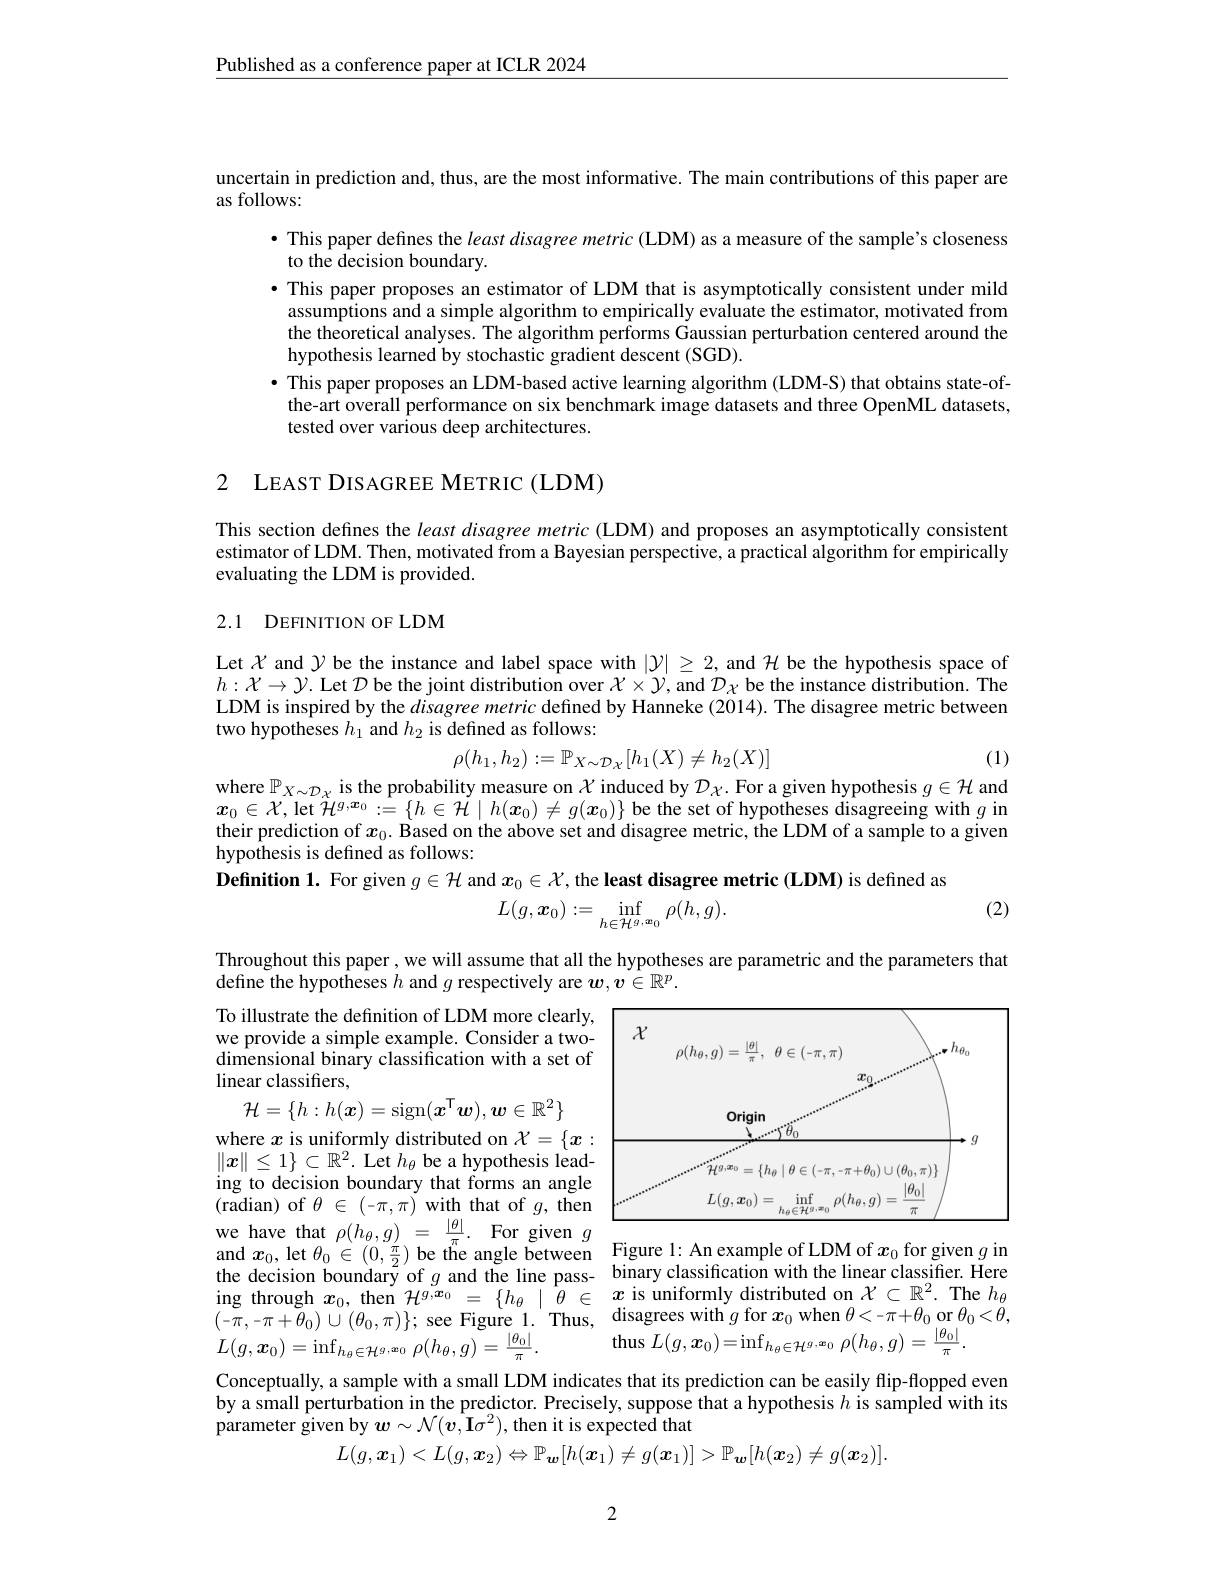
$\underline{\text{Published as a conference paper at ICLR 2024}}$

uncertain in prediction and, thus, are the most informative. The main contributions of this paper are
as follows:
· This paper defines the least disagree metric (LDM) as a measure of the sample's closeness
to the decision boundary.
·This paper proposes an estimator of LDM that is asymptotically consistent under mild assumptions and a simple algorithm to empirically evaluate the estimator, motivated from the theoretical analyses. The algorithm performs Gaussian perturbation centered around the hypothesis learned by stochastic gradient descent (SGD).
$\bullet$ This paper proposes an LDM-based active learning algorithm (LDM-S) that obtains state-ofthe-art overall performance on six benchmark image datasets and three OpenML datasets, tested over various deep architectures.

2 LEAST DISAGREE METRIC (LDM)

This section defines the least disagree metric (LDM) and proposes an asymptotically consistent estimator of LDM. Then, motivated from a Bayesian perspective, a practical algorithm for empirically evaluating the LDM is provided.

2.1 DEFINITION OF LDM

Let $\chi$ and $\mathcal{Y}$ be the instance and label space with $|\mathcal{Y}|\geq2$, and $\mathcal{H}$ be the hypothesis space of $h:\mathcal{X}\to\mathcal{Y}.$ Let $\mathcal{D}$ be the joint distribution over $\mathcal{X}\times\mathcal{Y}$,and $\mathcal{D}_\mathcal{X}$ be the instance distribution. The LDM is inspired by the disagree metric defined by Hanneke (2014). The disagree metric between two hypotheses $h_1$ and $h_2$ is defined as follows:
$$\rho(h_1,h_2):=\mathbb{P}_{X\sim\mathcal{D}_{\mathcal{X}}}[h_1(X)\neq h_2(X)]$$
(1)

$\begin{array}{l}\mathrm{where~}\mathbb{P}_{X\sim\mathcal{D}_{\chi}}\text{ is the probability measure on }\mathcal{X}\text{ induced by }\mathcal{D}_{\chi.\text{For a given hypothesis }g\in\mathcal{H}\text{ and}}\\\\x\in\mathcal{V}\operatorname{lot~}\mathcal{T}(g,x_0,\ldots\{b\in\mathcal{U}\mid b(x_0)+c(x_0)\}\textbf{ba tha ost of hun tha tha din tharis }g\in\mathcal{H}\text{ and}\end{array}$

$\boldsymbol{x}_0\in\mathcal{X}$,let $\ddot{\mathcal{H}}^g,\boldsymbol{x}_0:=\{h\in\dot{\mathcal{H}}\mid h(\boldsymbol{x}_0)\neq g(\boldsymbol{x}_0)\}$ be the set of hypotheses disagreeing with $g$ in their prediction of $x_0.$ Based on the above set and disagree metric, the LDM of a sample to a given hypothesis is defined as follows:
Definition 1. For given $g\in\mathcal{H}$ and $x_0\in\mathcal{X}$, the least disagree metric (LDM) is defined as
$$L(g,\boldsymbol{x}_{0}):=\operatorname*{inf}_{h\in\mathcal{H}^{g,\boldsymbol{x}_{0}}}\rho(h,g).$$
(2)

Throughout this paper, we will assume that all the hypotheses are parametric and the parameters that
define the hypotheses $h$ and $g$ respectively are $w,v\in\mathbb{R}^p.$

<FigureHere>
$\begin{array}{ll}{\mathrm{we~have~that~}\rho(h_{\theta},g)~=~\frac{|\theta|}{\pi}.~\mathrm{For~given~}g}\\{\mathrm{and~}x_{0},\mathrm{~let~}\theta_{0}\in(0,\frac{\pi}{2})~\mathrm{be~the~angle~between}~}\\{\mathrm{be~the~angle~between}}\end{array}\overline{{\text{Figure 1: An example of LDM of }x_{0}~\mathrm{for~given~}g~in}}$

To illustrate the definition of LDM more clearly, we provide a simple example. Consider a two- $\hat{\text{dimensional binary classification with a set of}}$ linear classifiers,
$$\mathcal{H}=\{h:h(\boldsymbol{x})=\operatorname{sign}(\boldsymbol{x}^\mathsf{T}\boldsymbol{w}),\boldsymbol{w}\in\mathbb{R}^2\}$$
where $x$ is uniformly distributed on $\mathcal{X}=\{x:$ $\|x\|\leq1\}\subset\mathbb{R}^2.$ Let $h_\theta$ be a hypothesis leading to decision boundary that forms an angle (radian) of $\theta\in(-\pi,\pi)$ with that of $g$, then the decision boundary of $g$ and the line pass- binary classification with the linear classifier. Here ing through $x_0$, then $\mathcal{H}^{g,\boldsymbol{x}_0}=\{h_\theta\mid\theta\in\begin{array}{ccc}x\text{is uniformly distributed on }\mathcal{X}\subset\mathbb{R}^2.\text{ The }h_\theta\\\end{array}$ $\begin{array}{lll}{(-\pi,-\pi+\theta_{0})\cup(\theta_{0},\pi)\};\mathrm{~see~Figure~1.~Thus,~disagrees~with~}g\mathrm{~for~}x_{0}\mathrm{~when~}\theta<-\pi+\theta_{0}\mathrm{~or~}\theta_{0}<\bar{\theta},}\\{L(g,\boldsymbol{x}_{0})=\inf_{h_{\theta}\in\mathcal{H}^{g,\boldsymbol{x}_{0}}}\rho(h_{\theta},g)=\frac{|\theta_{0}|}{\pi}.&\mathrm{thus~}L(g,\boldsymbol{x}_{0})=\inf_{h_{\theta}\in\mathcal{H}^{g,\boldsymbol{x}_{0}}}\rho(h_{\theta},g)=\frac{|\theta_{$

Conceptually, a sample with a small LDM indicates that its prediction can be easily flip-flopped even

by a small perturbation in the predictor. Precisely, suppose that a hypothesis $h$ is sampled with its

$\dot {\text{parameter given by }\boldsymbol{w}}\sim \mathcal{N} ( \hat{\boldsymbol{v}} , \hat{\mathbf{I} } \sigma ^{2}) $,then it is expected that
$$L(g,\boldsymbol{x}_{1})<L(g,\boldsymbol{x}_{2})\Leftrightarrow\mathbb{P}_{\boldsymbol{w}}[h(\boldsymbol{x}_{1})\neq g(\boldsymbol{x}_{1})]>\mathbb{P}_{\boldsymbol{w}}[h(\boldsymbol{x}_{2})\neq g(\boldsymbol{x}_{2})].$$
2